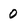
Character: 0